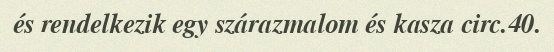
és rendelkezik egy szárazmalom és kasza circ.40.